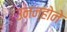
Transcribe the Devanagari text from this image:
उनन्होने